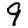
Digit: 9